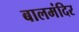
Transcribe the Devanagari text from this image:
बालमंदिर